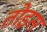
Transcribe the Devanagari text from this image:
तोइस